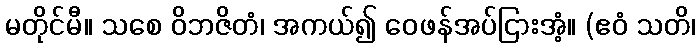
မတိုင်မီ။ သစေ ဝိဘဇိတံ၊ အကယ်၍ ဝေဖန်အပ်ငြားအံ့။ (ဧဝံ သတိ၊